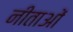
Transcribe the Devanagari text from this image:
नीताओं